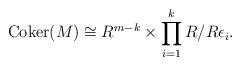
LaTeX: \begin{align*}\operatorname{Coker}(M) \cong R^{m-k} \times \prod_{i=1}^k R/R\epsilon_i.\end{align*}